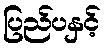
ပြည်ပနှင့်